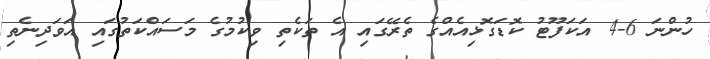
ހުންނަ 6-4 އަކަފޫޓު ކޮޑަގޮޅިއެއްގެ ތެރޭގައި އެ ތަކެތި ވިކުމުގެ މަސައްކަތުގައި އަވަދިނެތި